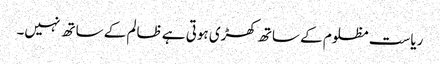
ریاست مظلوم کے ساتھ کھڑی ہوتی ہے ظالم کے ساتھ نہیں۔